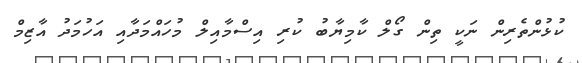
ކުޅުންތެރިން ނަކީ ތިން ގޯލް ކާމިޔާބު ކުރި އިސްމާއިލް މުހައްމަދާއި އަހުމަދު އާޒިމް